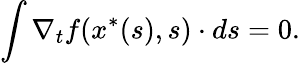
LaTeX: \int\nabla_{t}f(x^{\ast}(s),s)\cdot ds=0.